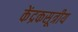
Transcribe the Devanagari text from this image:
केंद्रकसूत्रीय